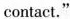
contact."